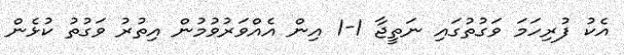
އެކު ފުރިހަމަ ވަގުތުގައި ނަތީޖާ 1-1 އިން އެއްވަރުވުމުން އިތުރު ވަގުތު ކުޅެން